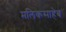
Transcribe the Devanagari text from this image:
मलिकसाहेब